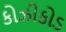
કોઝીકોડ